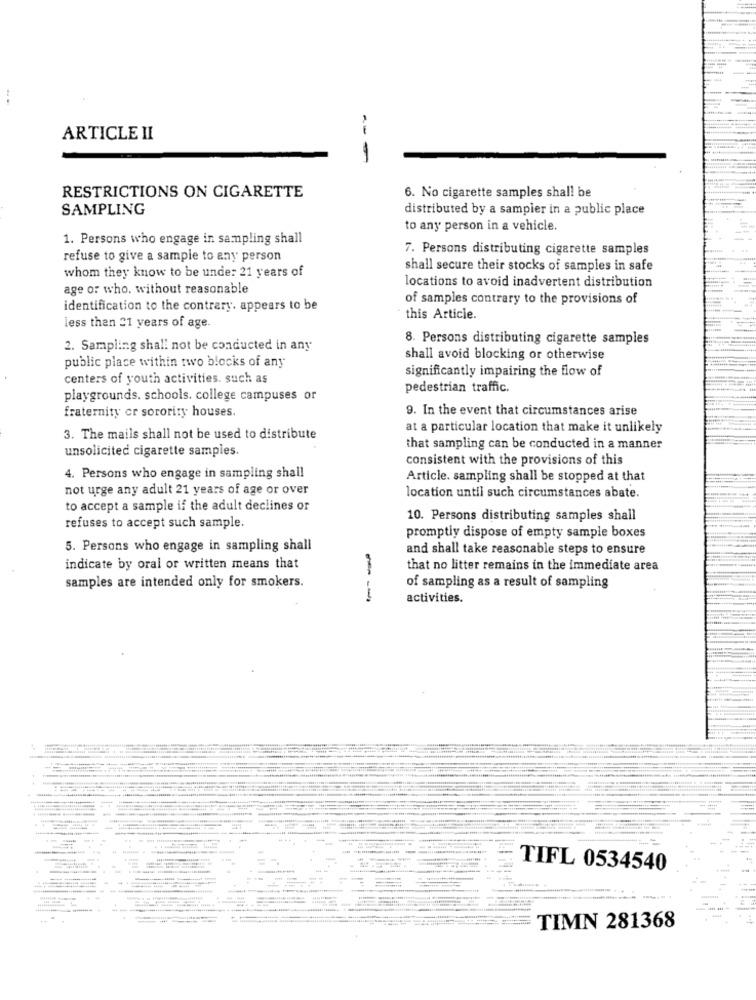
ARTICLE II
---
6. No cigarette samples shall be
RESTRICTIONS ON CIGARETTE
SAMPLING
distributed by a sampier in a public place
to any person in a vehicle.
1. Persons who engage in sampling shall
7. Persons distributing cigarette samples
refuse to give a sample to any person
shall secure their stocks of samples in safe
whom they know to be under 21 years of
age of who. without reasonable
locations to avoid inadvertent distribution
of samples contrary to the provisions of
identification to the contrary. appears to be
this Article.
less then 21 years of age.
8. Persons distributing cigarette samples
2. Sampling shall not be conducted in any
public place within two blocks of any
shall avoid blocking or otherwise
significantly impairing the flow of
centers of youth activities. such as
pedestrian traffic.
playgrounds. schools. college campuses or
fraternity cr sorority houses
9. In the event that circumstances arise
at a particular location that make it unlikely
3. The mails shall not be used to distribute
unsolicited cigarette samples.
that sampling can be conducted in a manner
consistent with the provisions of this
4. Persons who engage in sampling shall
Article. sampling shall be stopped at that
not urge any adult 21 years of age or over
location until such circumstances abate.
to accept a sample if the adult declines or
10. Persons distributing samples shall
refuses to accept such sample.
promptly dispose of empty sample boxes
5. Persons who engage in sampling shall
and shall take reasonable steps to ensure
indicate by oral or written means that
that no litter remains in the immediate area
samples are intended only for smokers.
of sampling as a result of sampling
--
activities.
4
TIFL 0534540
44
----- .
TIMN 281368